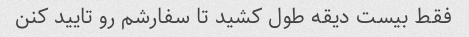
فقط بیست دیقه طول کشید تا سفارشم رو تایید کنن